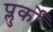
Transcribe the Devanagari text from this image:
प्लुर्कों